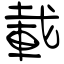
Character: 載